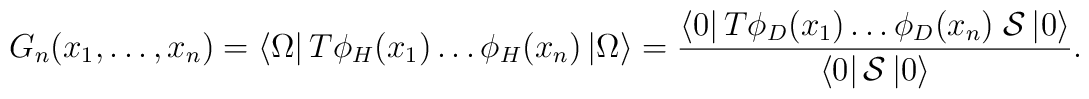
G_{n}(x_{1},\dots ,x_{n})=\left< \Omega \right| T\phi _{H}(x_{1})\dots \phi _{H}(x_{n})\left| \Omega \right> =\frac{\left< 0\right| T\phi _{D}(x_{1})\dots \phi _{D}(x_{n})\; {\cal {S}}\left| 0\right> }{\left< 0\right| {\cal {S}}\left| 0\right> }.